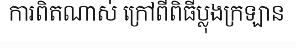
ការពិតណាស់ ក្រៅពីពិធីប្លុងក្រឡាន